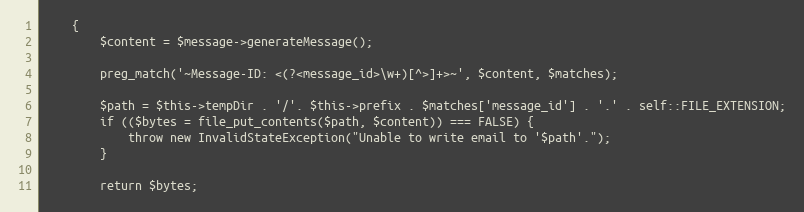
Language: PHP
	{
		$content = $message->generateMessage();

		preg_match('~Message-ID: <(?<message_id>\w+)[^>]+>~', $content, $matches);

		$path = $this->tempDir . '/'. $this->prefix . $matches['message_id'] . '.' . self::FILE_EXTENSION;
		if (($bytes = file_put_contents($path, $content)) === FALSE) {
			throw new InvalidStateException("Unable to write email to '$path'.");
		}

		return $bytes;